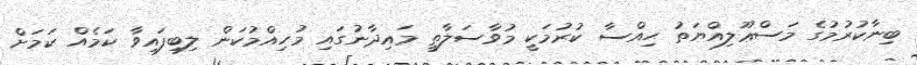
ބިނާކުރުމުގެ މަސްޢޫލިއްޔަތު ޙިއްސާ ކުރުމަކީ މުވާސަލާތީ މައިދާނުގައި މުހިއްމުކަން ލިބިފައިވާ ކަމެއް ކަމަށް